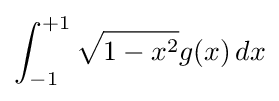
\int _{-1}^{+1}{\sqrt {1-x^{2}}}g(x)\,dx